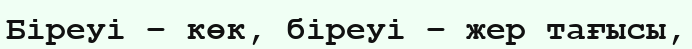
Біреуі – көк, біреуі – жер тағысы,